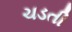
ચડતી